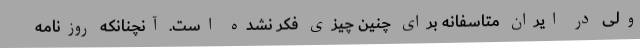
ولی در ایران متاسفانه برای چنین چیزی فکر نشده است. آنچنانکه روزنامه